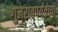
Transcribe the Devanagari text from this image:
गुजरातपर्यंतच्या